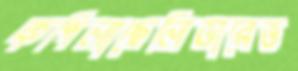
কপিলাছেলিডারেভ